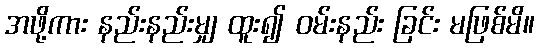
အဖို့ကား နည်းနည်းမျှ ထူး၍ ဝမ်းနည်း ခြင်း မဖြစ်မိ။